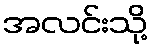
အလင်းသို့